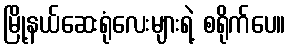
မြို့နယ်ဆေးရုံလေးများရဲ့ စရိုက်ပေ။